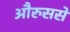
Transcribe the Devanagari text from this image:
औरुससे